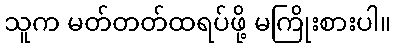
သူက မတ်တတ်ထရပ်ဖို့ မကြိုးစားပါ။